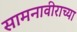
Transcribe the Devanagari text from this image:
सामनावीराच्या